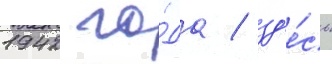
1942 го́да / зд'е́сь